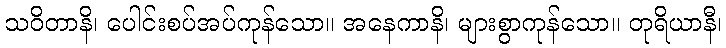
သဝိတာနိ၊ ပေါင်းစပ်အပ်ကုန်သော။ အနေကာနိ၊ များစွာကုန်သော။ တုရိယာနီ၊